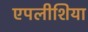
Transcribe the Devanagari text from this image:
एपलीशिया